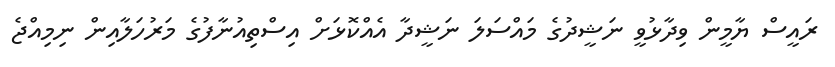
ރައީސް ޔާމީން ވިދާޅުވީ ނަޝީދުގެ މައްސަލަ ނަޝީދާ އެއްކޮޅަށް އިސްތިއުނާފުގެ މަރުހަލާއިން ނިމިއްޖެ